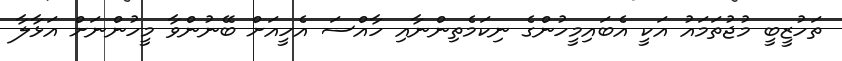
ތަހުޒީބީ މުޖުތަމައު އަކީ އެބައިމީހުންގެ ނިކަމެތިންނާއި ހާއްސަ އެހީއަށް ބޭނުންވާ މީހުންނަށް އަޅާލާ